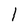
Character: l